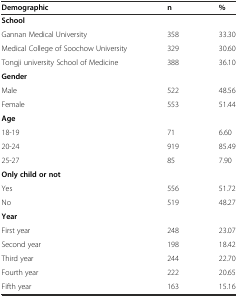
| Demographic | n | % |
 | --- | --- | --- |
 | School |  |  |
 | Gannan Medical University | 358 | 33.30 |
 | Medical College of Soochow University | 329 | 30.60 |
 | Tongji university School of Medicine | 388 | 36.10 |
 | Gender |  |  |
 | Male | 522 | 48.56 |
 | Female | 553 | 51.44 |
 | Age |  |  |
 | 18-19 | 71 | 6.60 |
 | 20-24 | 919 | 85.49 |
 | 25-27 | 85 | 7.90 |
 | Only child or not |  |  |
 | Yes | 556 | 51.72 |
 | No | 519 | 48.27 |
 | Year |  |  |
 | First year | 248 | 23.07 |
 | Second year | 198 | 18.42 |
 | Third year | 244 | 22.70 |
 | Fourth year | 222 | 20.65 |
 | Fifth year | 163 | 15.16 |